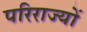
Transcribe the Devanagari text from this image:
परिराज्यों